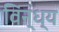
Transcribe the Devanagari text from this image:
विंन्ध्य